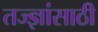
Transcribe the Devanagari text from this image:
तज्ज्ञांसाठी